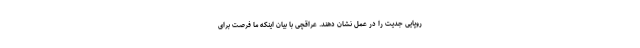
روپایی جدیت را در عمل نشان دهند. عراقچی با بیان اینکه ما فرصت برای